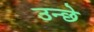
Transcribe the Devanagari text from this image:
उन्छे